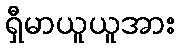
ရှီမာယူယူအား